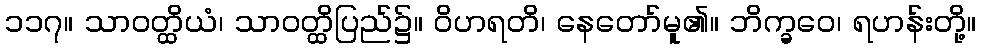
၁၁၇။ သာဝတ္ထိယံ၊ သာဝတ္ထိပြည်၌။ ဝိဟရတိ၊ နေတော်မူ၏။ ဘိက္ခဝေ၊ ရဟန်းတို့။